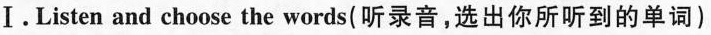
Ⅰ. Listen and choose the words(听录音,选出你所听到的单词)